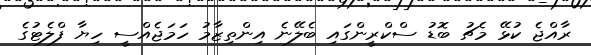
ރާއްޖެ ކުޅޭ މެޗު ބޮޑު ސްކްރީންގައި ބެލޭނެ އިންތިޒާމު ހަމަޖެއްސީ ހިޔާ ފްލެޓުގެ